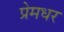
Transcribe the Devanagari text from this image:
प्रेमधर